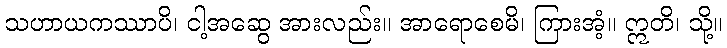
သဟာယကဿာပိ၊ ငါ့အဆွေ အားလည်း။ အာရောစေမိ၊ ကြားအံ့။ ဣတိ၊ သို့။